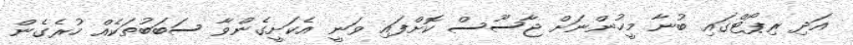
އަދި ރިޕޯޓްގައި ބުނާ މީހުންނަށް ޖާސޫސް ކޮށްފައި ވަނީ އެކަށީގެންވާ ސަބަބުތަކެއް ހުރެގެން